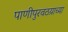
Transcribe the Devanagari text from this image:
पाणीपुरवठय़ाच्या